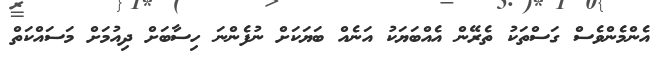
އެންމެންވެސް ގަސްތަކު ތެރޭން އެއްބަޔަކު އަނެއް ބަޔަކަށް ނުފެންނަ ހިސާބަށް ދިއުމަށް މަސައްކަތް